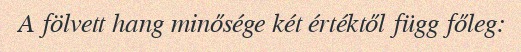
A fölvett hang minősége két értéktől függ főleg: